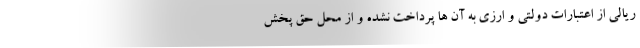
ریالی از اعتبارات دولتی و ارزی به آن ها پرداخت نشده و از محل حق پخش